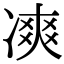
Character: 𠗾